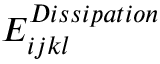
E _ { i j k l } ^ { D i s s i p a t i o n }